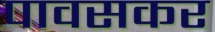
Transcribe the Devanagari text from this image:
पावसकर